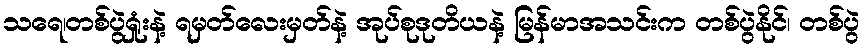
သရေ၊တစ်ပွဲရှုံးနဲ့ ရမှတ်လေးမှတ်နဲ့ အုပ်စုဒုတိယနဲ့ မြန်မာအသင်းက တစ်ပွဲနိုင်၊ တစ်ပွဲ